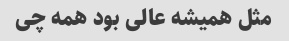
مثل همیشه عالی بود همه چی